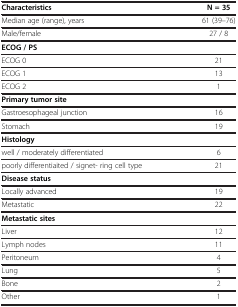
| Characteristics | N = 35 |
 | --- | --- |
 | Median age (range), years | 61 (39–76) |
 | Male/female | 27 / 8 |
 | ECOG / PS |  |
 | ECOG 0 | 21 |
 | ECOG 1 | 13 |
 | ECOG 2 | 1 |
 | Primary tumor site |  |
 | Gastroesophageal junction | 16 |
 | Stomach | 19 |
 | Histology |  |
 | well / moderately differentiated | 6 |
 | poorly differentiaited / signet- ring cell type | 21 |
 | Disease status |  |
 | Locally advanced | 19 |
 | Metastatic | 22 |
 | Metastatic sites |  |
 | Liver | 12 |
 | Lymph nodes | 11 |
 | Peritoneum | 4 |
 | Lung | 5 |
 | Bone | 2 |
 | Other | 1 |